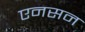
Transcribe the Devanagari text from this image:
एनसन